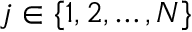
j \in \{ 1 , 2 , \dots , N \}